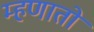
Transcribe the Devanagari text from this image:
म्हणातो